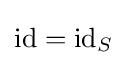
{\text{id}}={\text{id}}_{S}